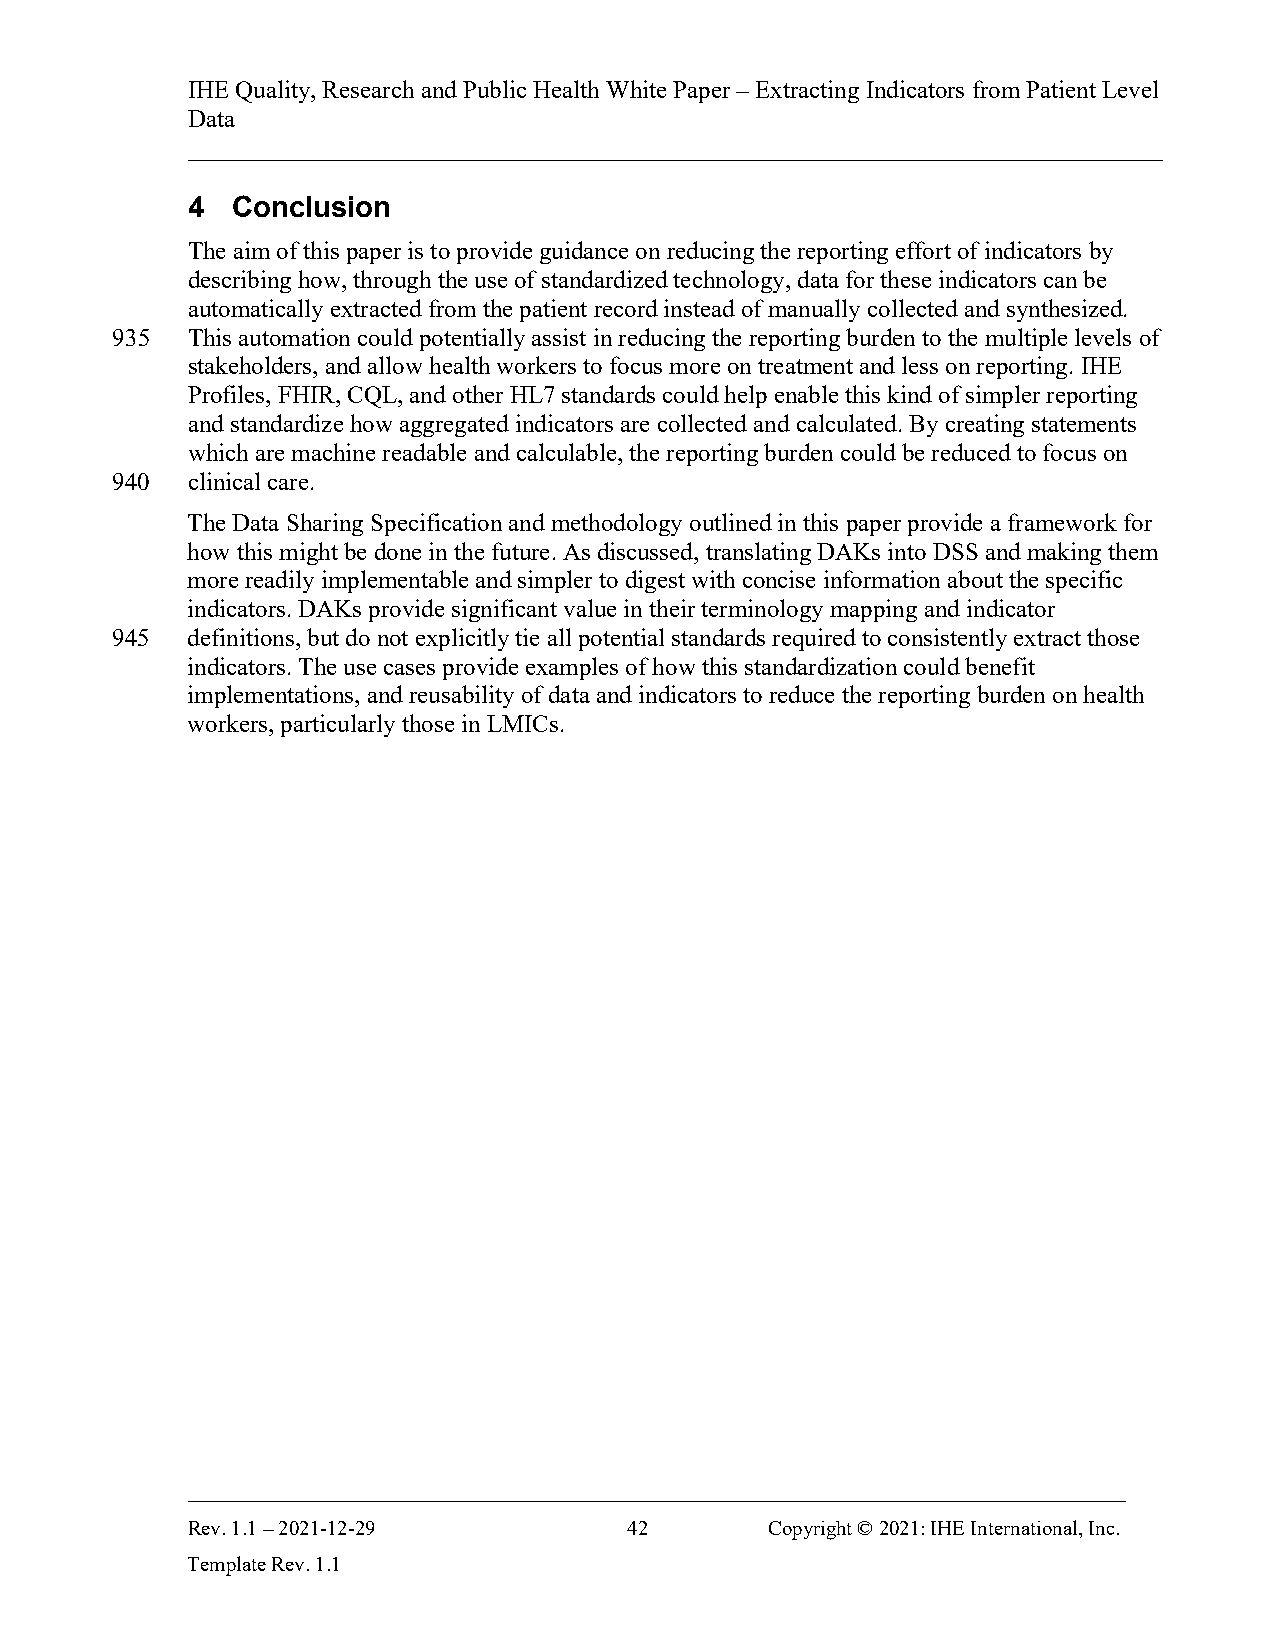
IHE Quality, Research and Public Health White Paper – Extracting Indicators from Patient Level
 Data
 ______________________________________________________________________________
 4  Conclusion
 The aim of this paper is to provide guidance on reducing the reporting effort of indicators by
 describing how, through the use of standardized technology, data for these indicators can be
 automatically extracted from the patient record instead of manually collected and synthesized.
 935  This automation could potentially assist in reducing the reporting burden to the multiple levels of
 stakeholders, and allow health workers to focus more on treatment and less on reporting. IHE
 Profiles, FHIR, CQL, and other HL7 standards could help enable this kind of simpler reporting
 and standardize how aggregated indicators are collected and calculated. By creating statements
 which are machine readable and calculable, the reporting burden could be reduced to focus on
 940  clinical care.
 The Data Sharing Specification and methodology outlined in this paper provide a framework for
 how this might be done in the future. As discussed, translating DAKs into DSS and making them
 more readily implementable and simpler to digest with concise information about the specific
 indicators. DAKs provide significant value in their terminology mapping and indicator
 945  definitions, but do not explicitly tie all potential standards required to consistently extract those
 indicators. The use cases provide examples of how this standardization could benefit
 implementations, and reusability of data and indicators to reduce the reporting burden on health
 workers, particularly those in LMICs.
 ___________________________________________________________________________
 Rev. 1.1 – 2021-12-29         42       Copyright © 2021: IHE International, Inc.
 Template Rev. 1.1